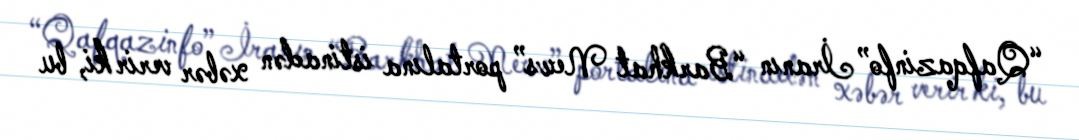
“Qafqazinfo” İranın “Barkhat News” portalına istinadən xəbər verir ki, bu